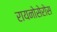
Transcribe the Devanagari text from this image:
रायनोसेरोस